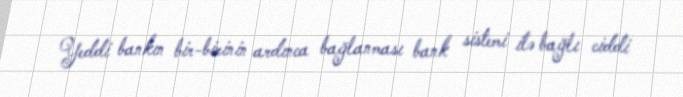
Yeddi bankın bir-birinin ardınca bağlanması bank sistemi ilə bağlı ciddi